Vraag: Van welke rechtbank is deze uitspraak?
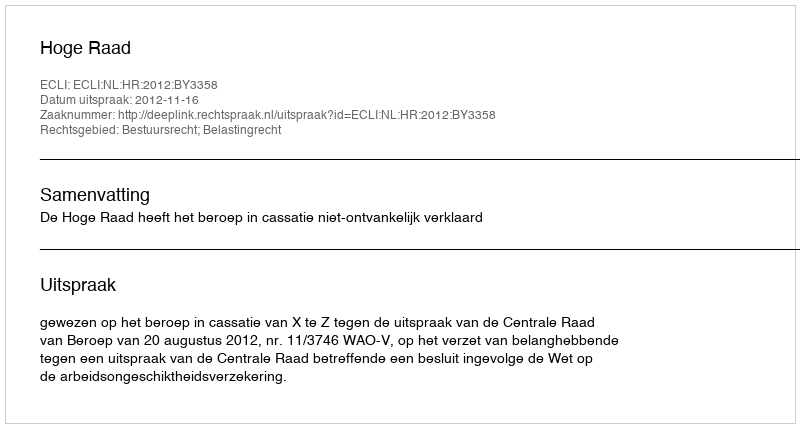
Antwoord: Hoge Raad